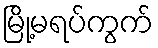
မြို့မရပ်ကွက်